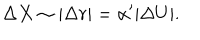
LaTeX: \Delta X \sim | \Delta r | = \alpha ^ { \prime } | \Delta U | .